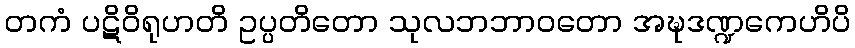
တကံ ပဋိဝိရုဟတိ ဥပ္ပတိတော သုလဘဘာဝတော အဍ္ဎဒဏ္ဍကေဟိပိ